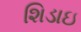
શિડાઇ